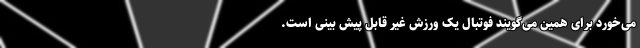
می‌خورد برای همین می‌گویند فوتبال یک ورزش غیر قابل پیش بینی است.